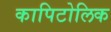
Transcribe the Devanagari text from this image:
कापिटोलिक